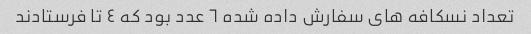
تعداد نسکافه هاى سفارش داده شده ٦ عدد بود که ٤ تا فرستادند